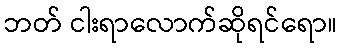
ဘတ် ငါးရာလောက်ဆိုရင်ရော။